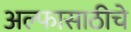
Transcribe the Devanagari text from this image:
अल्फासाठीचे